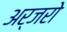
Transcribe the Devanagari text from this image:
अर्जरो